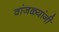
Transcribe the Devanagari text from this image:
वांजळ्यांनी